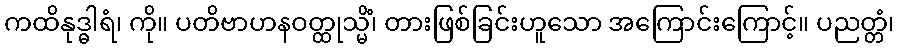
ကထိနုဒ္ဓါရံ၊ ကို။ ပတိဗာဟနဝတ္ထုသ္မိံ၊ တားဖြစ်ခြင်းဟူသော အကြောင်းကြောင့်။ ပညတ္တံ၊